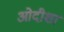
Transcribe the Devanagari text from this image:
ओदीशा